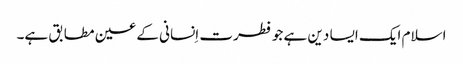
اسلام ایک ایسا دین ہے جو فطرت اِنسانی کے عین مطابق ہے۔